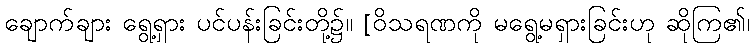
ချောက်ချား ရွေ့ရှား ပင်ပန်းခြင်းတို့၌။ [ဝိသရဏကို မရွေ့မရှားခြင်းဟု ဆိုကြ၏၊